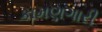
કામણગારી